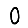
Digit: 0